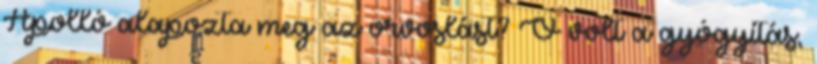
Apolló alapozta meg az orvoslást? Ő volt a gyógyítás,